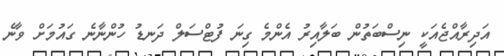
އަދިރާއްޖެއަކީ ނިސްބަތުން ބަލާއިރު އެންމެ ގިނަ ފުޓްސަލް ދަނޑު ހުންނާނެ ގައުމަށް ވާނެ